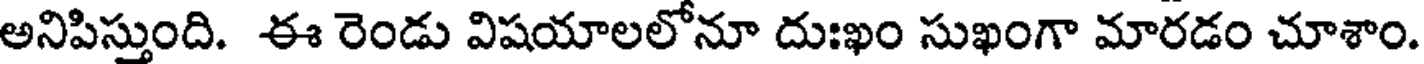
అనిపిస్తుంది. ఈ రెండు విషయాలలోనూ దుఃఖం సుఖంగా మారడం చూశాం.